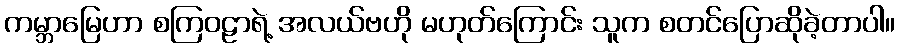
ကမ္ဘာမြေဟာ စကြဝဠာရဲ့ အလယ်ဗဟို မဟုတ်ကြောင်း သူက စတင်ပြောဆိုခဲ့တာပါ။